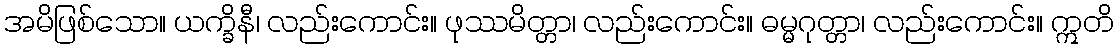
အမိဖြစ်သော။ ယက္ခိနီ၊ လည်းကောင်း။ ဖုဿမိတ္တာ၊ လည်းကောင်း။ ဓမ္မဂုတ္တာ၊ လည်းကောင်း။ ဣတိ